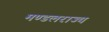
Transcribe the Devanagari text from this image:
मण्डलराज्य